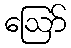
ဩော်